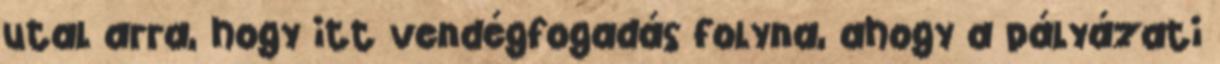
utal arra, hogy itt vendégfogadás folyna, ahogy a pályázati